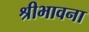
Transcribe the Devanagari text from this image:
श्रीभावना